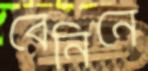
বেনিনে